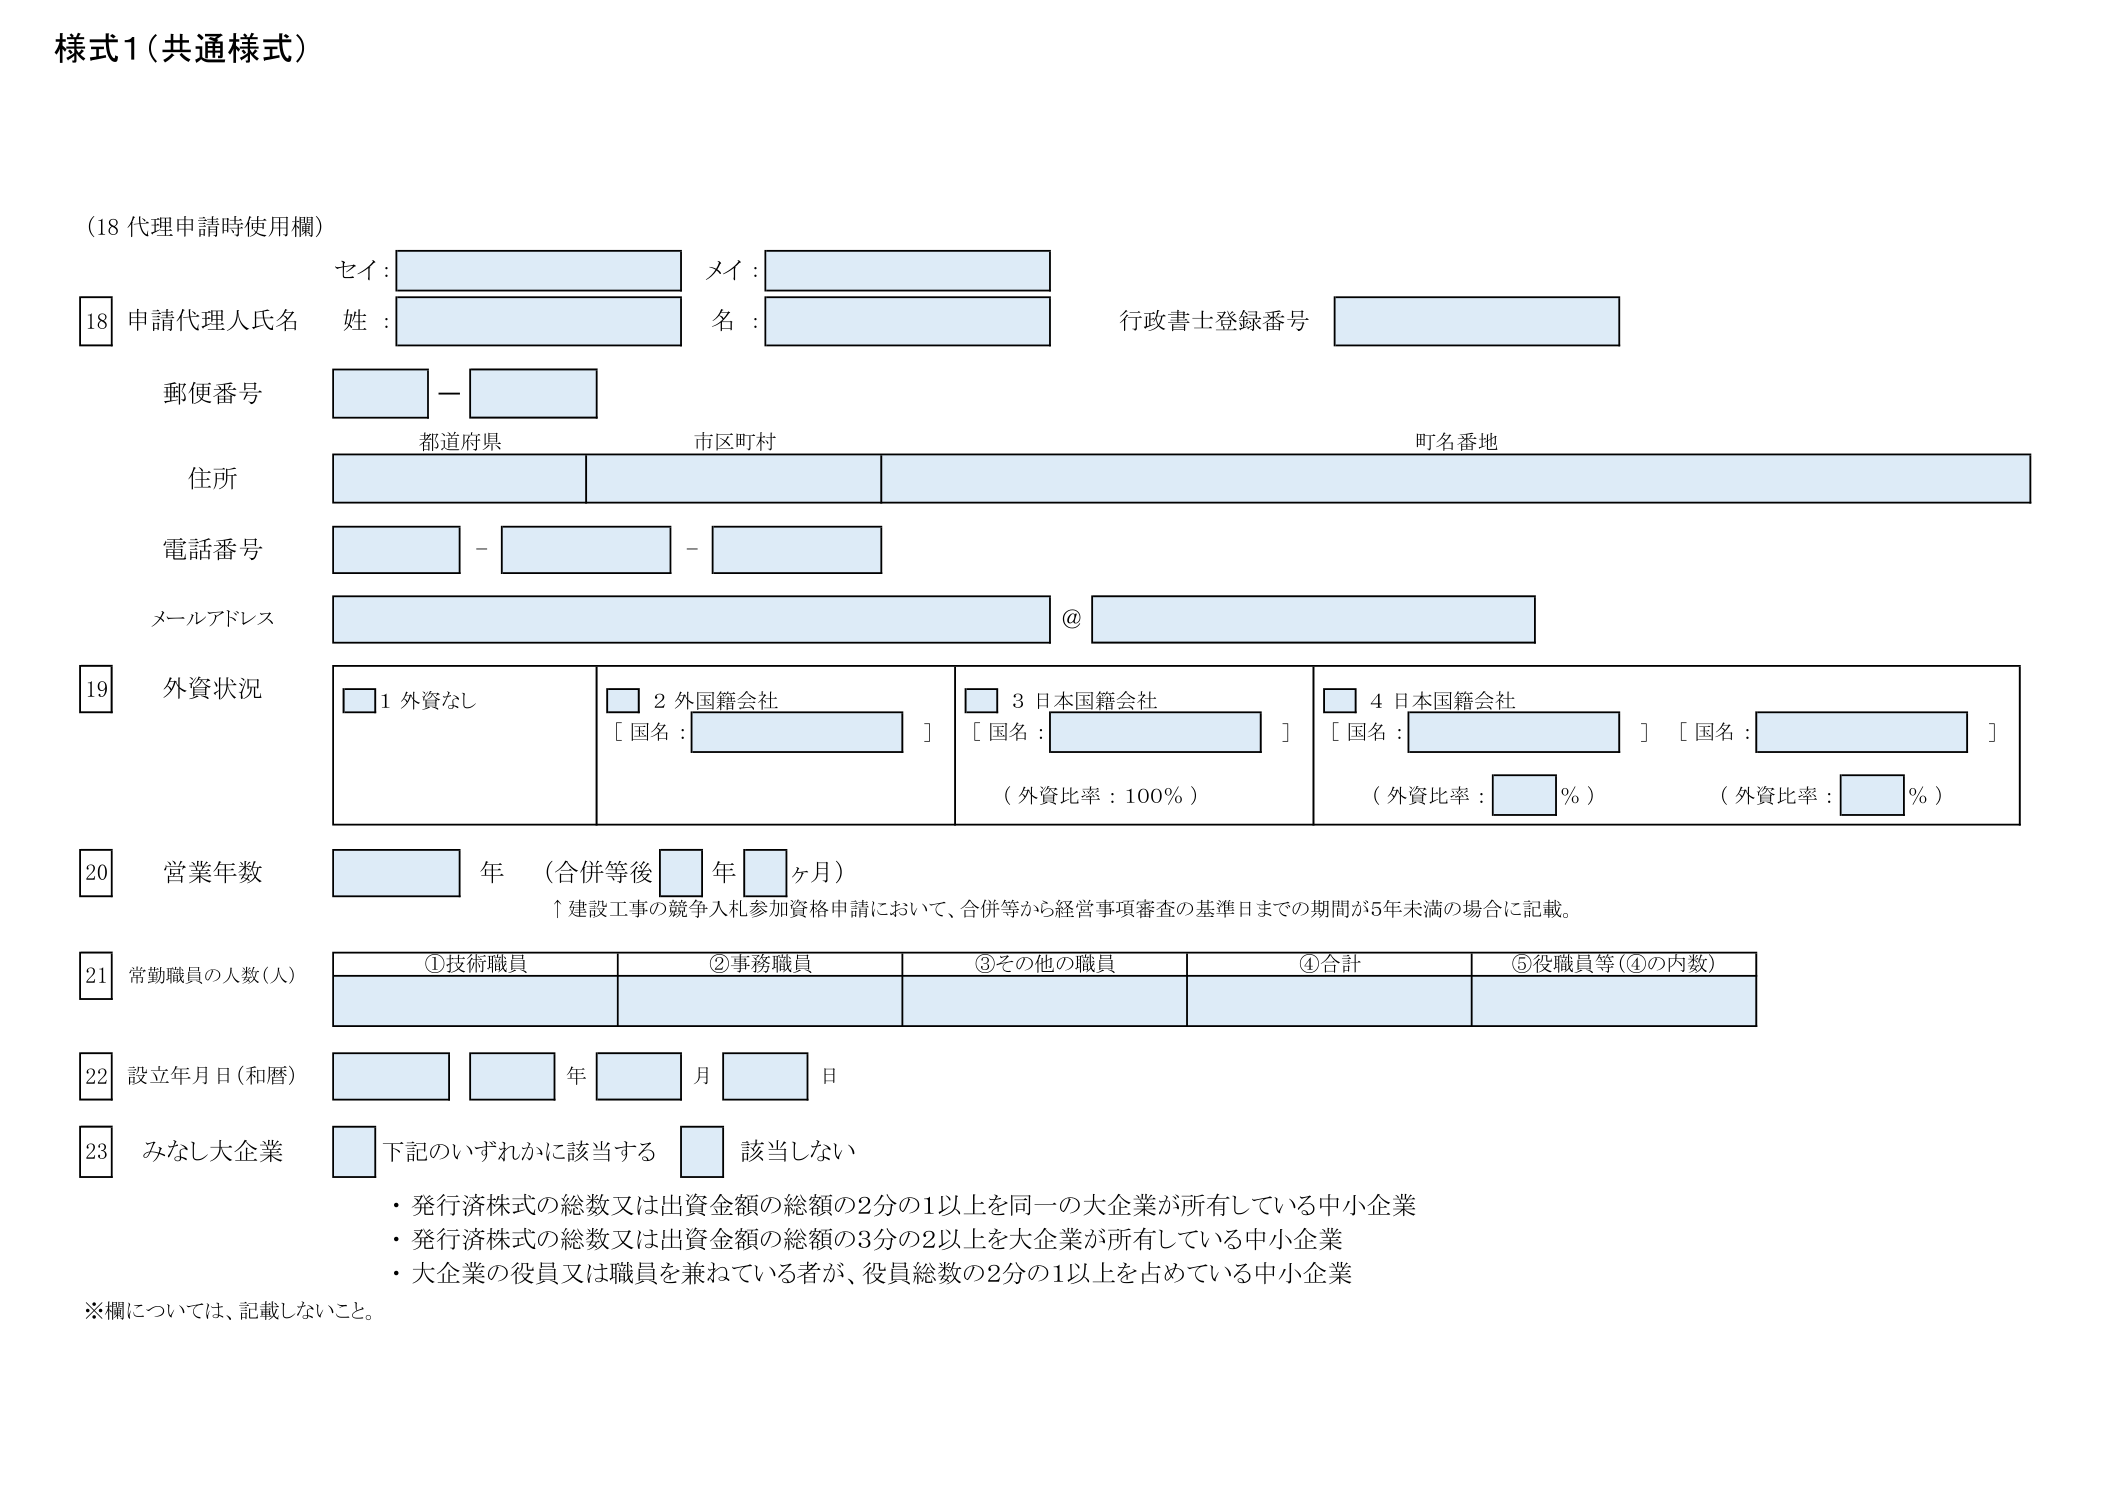
様式1（共通様式）

（18 代理申請時使用欄）

18 申請代理人氏名
セイ：
姓：
メイ：
名：
行政書士登録番号

郵便番号
都道府県
市区町村
町名番地

住所

電話番号

メールアドレス
@

19 外資状況
□ 1 外資なし
□ 2 外国籍会社
［国名：　　　　　　　］
□ 3 日本国籍会社
［国名：　　　　　　　］
（外資比率：100％）
□ 4 日本国籍会社
［国名：　　　　　　　］［国名：　　　　　　　］
（外資比率：　　％）（外資比率：　　％）

20 営業年数
　　　年（合併等後　　年　　ヶ月）
↑建設工事の競争入札参加資格申請において、合併等から経営事項審査の基準日までの期間が5年未満の場合に記載。

21 常勤職員の人数（人）
①技術職員　②事務職員　③その他の職員　④合計　⑤役職員等（④の内数）

22 設立年月日（和暦）
　　　年　　月　　日

23 みなし大企業
□ 下記のいずれかに該当する　□ 該当しない
・発行済株式の総数又は出資金額の総額の2分の1以上を同一の大企業が所有している中小企業
・発行済株式の総数又は出資金額の総額の3分の2以上を大企業が所有している中小企業
・大企業の役員又は職員を兼ねている者が、役員総数の2分の1以上を占めている中小企業

※欄については、記載しないこと。